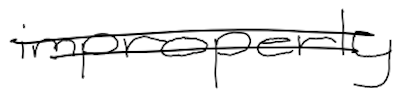
Text: improperly
Cross-out: double-line
Writing tool: digital_black